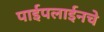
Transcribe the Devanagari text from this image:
पाईपलाईनचे